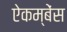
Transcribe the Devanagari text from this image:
ऐकम्बेंस